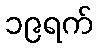
၁၉ရက်